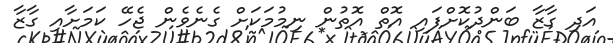
އަދި ގާޒާ ބަންދުކޮށްފައި އޮތް އޮތުން ނިމުމަކަށް ގެނެވެން ޖެހޭ ކަމަށާއި ގާޒާ